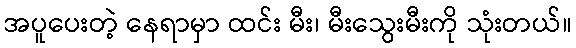
အပူပေးတဲ့ နေရာမှာ ထင်း မီး၊ မီးသွေးမီးကို သုံးတယ်။